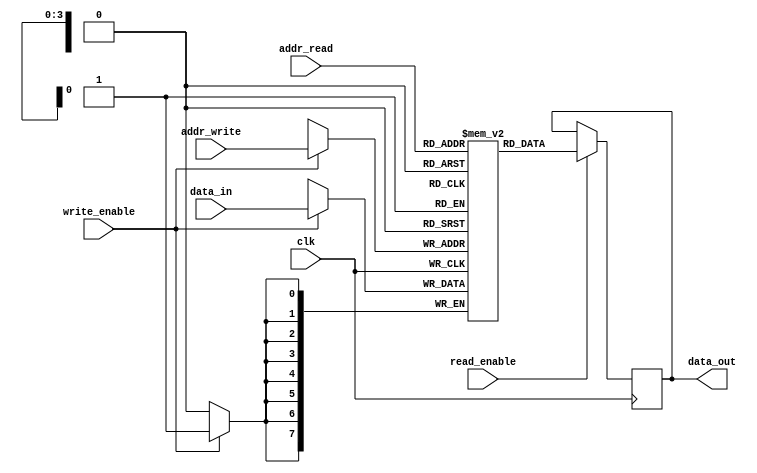
module dual_port_ram (
    input wire clk,
    input wire [7:0] data_in,
    input wire [3:0] addr_read,
    input wire [3:0] addr_write,
    input wire read_enable,
    input wire write_enable,
    output reg [7:0] data_out
);

reg [7:0] ram [15:0];

always @(posedge clk) begin
    if (write_enable) begin
        ram[addr_write] <= data_in;
    end
    if (read_enable) begin
        data_out <= ram[addr_read];
    end
end

endmodule